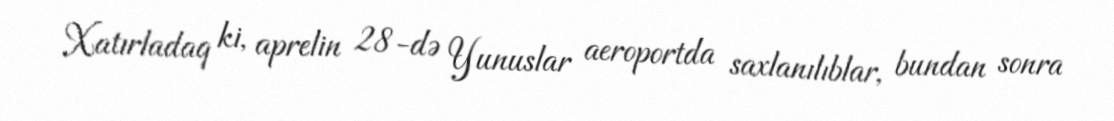
Xatırladaq ki, aprelin 28-də Yunuslar aeroportda saxlanılıblar, bundan sonra